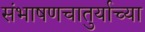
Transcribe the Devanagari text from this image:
संभाषणचातुर्याच्या